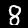
Label: 8